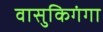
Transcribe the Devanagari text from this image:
वासुकिगंगा